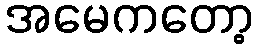
အမေကတော့